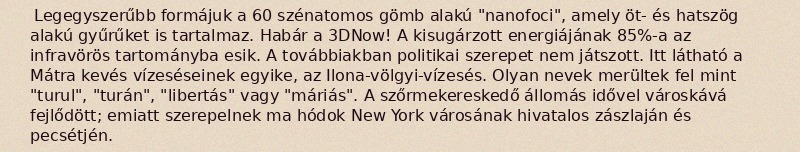
Legegyszerűbb formájuk a 60 szénatomos gömb alakú "nanofoci", amely öt- és hatszög alakú gyűrűket is tartalmaz. Habár a 3DNow! A kisugárzott energiájának 85%-a az infravörös tartományba esik. A továbbiakban politikai szerepet nem játszott. Itt látható a Mátra kevés vízeséseinek egyike, az Ilona-völgyi-vízesés. Olyan nevek merültek fel mint "turul", "turán", "libertás" vagy "máriás". A szőrmekereskedő állomás idővel városkává fejlődött; emiatt szerepelnek ma hódok New York városának hivatalos zászlaján és pecsétjén.